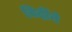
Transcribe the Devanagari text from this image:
विर्दीने